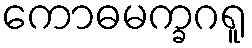
ကောဓမက္ခဂရူ